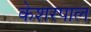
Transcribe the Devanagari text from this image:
केशरपाल